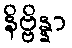
နိဗ္ဗိန္နာ